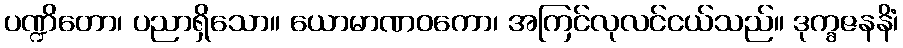
ပဏ္ဍိတော၊ ပညာရှိသော။ ယောမာဏဝကော၊ အကြင်လုလင်ငယ်သည်။ ဒုက္ခဇနနိံ၊